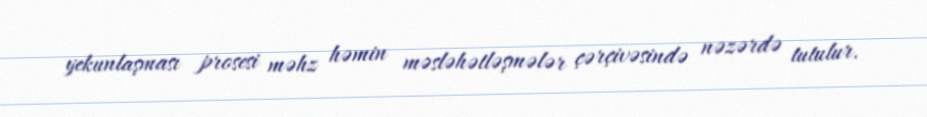
yekunlaşması prosesi məhz həmin məsləhətləşmələr çərçivəsində nəzərdə tutulur.